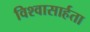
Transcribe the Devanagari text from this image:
विश्‍वासार्हता